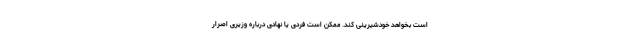
است بخواهد خودشیرینی کند. ممکن است فردی یا نهادی درباره وزیری اصرار